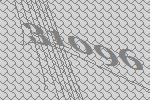
31096